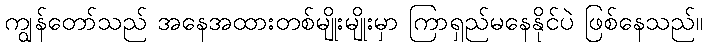
ကျွန်တော်သည် အနေအထားတစ်မျိုးမျိုးမှာ ကြာရှည်မနေနိုင်ပဲ ဖြစ်နေသည်။